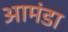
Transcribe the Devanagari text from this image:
आमंडा